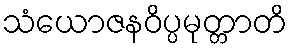
သံယောဇနဝိပ္ပမုတ္တာတိ